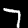
Label: 7